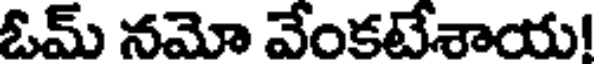
ఓమ్ నమో వేంకటేశాయ!